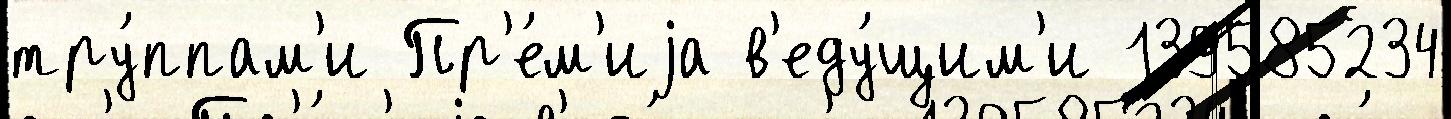
тру́ппам'и Пр'е́м'иjа в'еду́щим'и 139585234